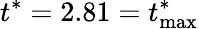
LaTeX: t^{*}=2.81=t_{\textrm{max}}^{*}